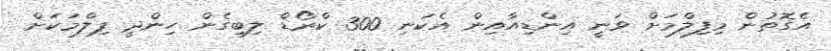
އެގޮތުން މިފިލްމަށް ވަނީ އިންޑިއާއިން އެކަނި 300 ކްރޯޑް ލިބިގެން ހިންދީ ފިލްމަކަށް